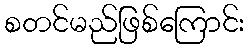
စတင်မည်ဖြစ်ကြောင်း